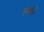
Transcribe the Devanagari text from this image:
स्य्बेले